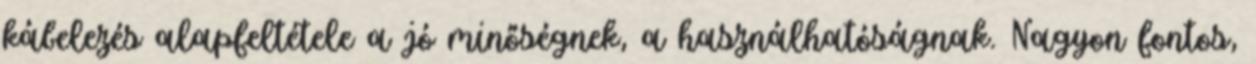
kábelezés alapfeltétele a jó minőségnek, a használhatóságnak. Nagyon fontos,